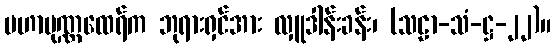
မဟာပုဏ္ဏထေရ်က ဘုရားရှင်အား လှူဒါန်းခန်း၊ (သဠာ-သံ-ဋ္ဌ-၂၂)။